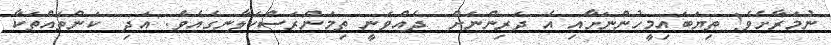
ނުމަރާށެވެ! ތިޔަބައިމީހުންނަށާއި އެ ދަރިންނަށް  ދެއްވަނީ ތިމަންރަސްކަލާނގެއެވެ. އަދި  ކަންތައްތަކާ